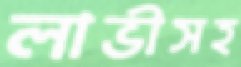
লাভীসহ